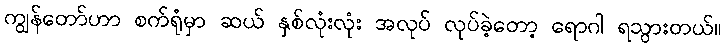
ကျွန်တော်ဟာ စက်ရုံမှာ ဆယ် နှစ်လုံးလုံး အလုပ် လုပ်ခဲ့တော့ ရောဂါ ရသွားတယ်။